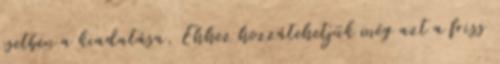
esetben a kiadatása. Ehhez hozzátehetjük még azt a friss